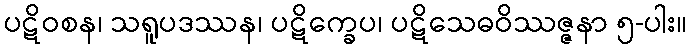
ပဋိဝစန၊ သရူပဒဿန၊ ပဋိက္ခေပ၊ ပဋိသေဓဝိဿဇ္ဇနာ ၅-ပါး။